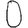
Digit: 0